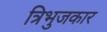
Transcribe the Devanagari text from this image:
त्रिभुजकार